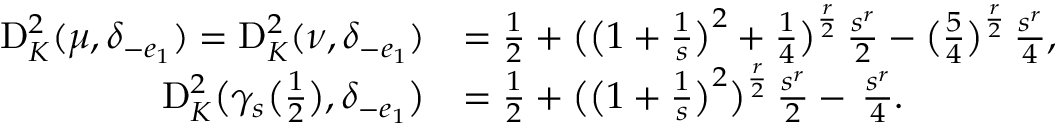
\begin{array} { r l } { \mathrm D _ { K } ^ { 2 } ( \mu , \delta _ { - e _ { 1 } } ) = \mathrm D _ { K } ^ { 2 } ( \nu , \delta _ { - e _ { 1 } } ) } & { = \frac { 1 } { 2 } + \bigl ( \bigl ( 1 + \frac { 1 } { s } \bigr ) ^ { 2 } + \frac { 1 } { 4 } \bigr ) ^ { \frac { r } { 2 } } \, \frac { s ^ { r } } { 2 } - \bigl ( \frac { 5 } { 4 } \bigr ) ^ { \frac { r } { 2 } } \, \frac { s ^ { r } } { 4 } , } \\ { \mathrm D _ { K } ^ { 2 } \bigl ( \gamma _ { s } \bigl ( \frac { 1 } { 2 } \bigr ) , \delta _ { - e _ { 1 } } \bigr ) } & { = \frac { 1 } { 2 } + \bigl ( \bigl ( 1 + \frac { 1 } { s } \bigr ) ^ { 2 } \bigr ) ^ { \frac { r } { 2 } } \, \frac { s ^ { r } } { 2 } - \, \frac { s ^ { r } } { 4 } . } \end{array}